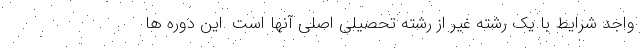
واجد شرایط با یک رشته غیر از رشته تحصیلی اصلی آنها است .این دوره ها